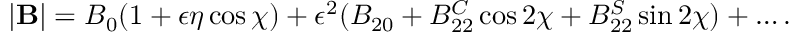
| \mathbf { B } | = B _ { 0 } ( 1 + \epsilon \eta \cos \chi ) + \epsilon ^ { 2 } ( B _ { 2 0 } + B _ { 2 2 } ^ { C } \cos 2 \chi + B _ { 2 2 } ^ { S } \sin 2 \chi ) + \dots .